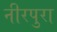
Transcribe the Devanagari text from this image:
नीरपुरा